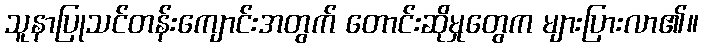
သူနာပြုသင်တန်းကျောင်းအတွက် တောင်းဆိုမှုတွေက များပြားလာ၏။